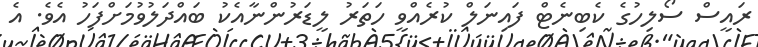
ރައީސް ސޯލިހުގެ ކެބިނެޓް ފައިނަލް ކުރެއްވީ ހަތަރު ލީޑަރުންނާއެކު ބައްދަލުވުމަށްފަހު އެވެ. އެ